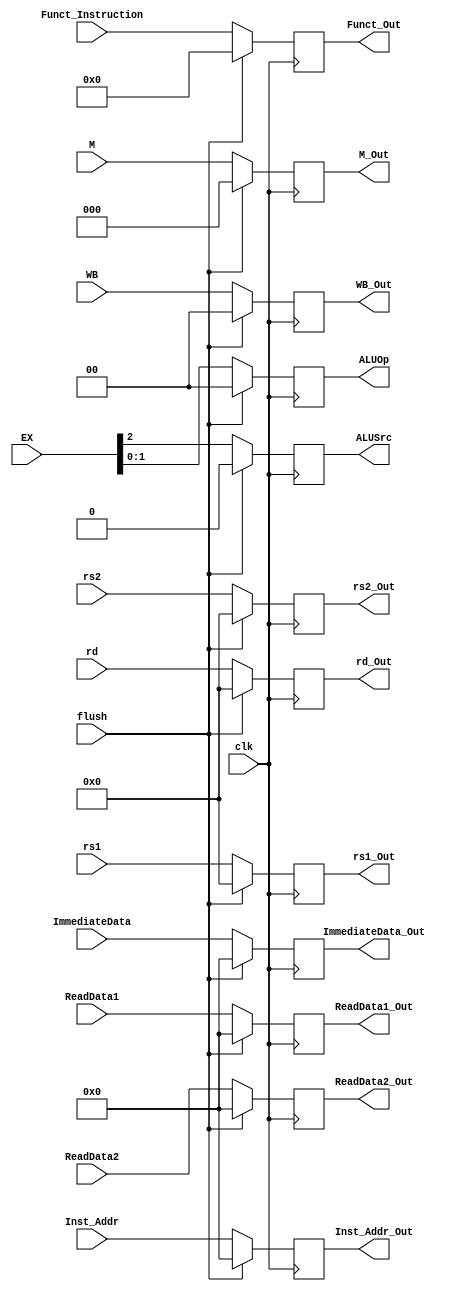
module ID_EX(
  input clk,
  input flush,

  // data
  input [63:0] Inst_Addr,
  output reg [63:0] Inst_Addr_Out,
  
  input [4:0] rs1,
  output reg [4:0] rs1_Out,
  
  input [4:0] rs2,
  output reg [4:0] rs2_Out,
  
  input [4:0] rd,
  output reg [4:0] rd_Out,
  
  input [63:0] ReadData1, 
  output reg [63:0] ReadData1_Out,
  
  input [63:0] ReadData2,
  output reg [63:0] ReadData2_Out,
  
  input [63:0] ImmediateData,
  output reg [63:0] ImmediateData_Out,
  
  input [3:0] Funct_Instruction, // Instruction [30, 14-12]
  output reg [3:0] Funct_Out, // Instruction [30, 14-12]

  // control
  input [1:0] WB,
  output reg [1:0] WB_Out,
  
  input [2:0] M,
  output reg [2:0] M_Out,
  
  input [2:0] EX,
  output reg [1:0] ALUOp,
  output reg ALUSrc
);

always @ (posedge clk)
begin
  if (flush == 1)
   begin
  // data
  Inst_Addr_Out <= 64'h0000000000000000;
  rs1_Out <= 5'b00000;
  rs2_Out <= 5'b00000;
  rd_Out = 5'b00000;
  ReadData1_Out <= 64'h0000000000000000;
  ReadData2_Out <= 64'h0000000000000000;
  ImmediateData_Out <= 64'h0000000000000000;
  Funct_Out <= 4'b0000;
  
  // control
  WB_Out <= 2'b00;
  M_Out <= 3'b000;
  ALUOp <= 2'b00;
  ALUSrc <= 1'b0;
 end

 else
 begin
// data
  Inst_Addr_Out = Inst_Addr;
  rs1_Out = rs1;
  rs2_Out = rs2;
  rd_Out = rd;
  ReadData1_Out = ReadData1;
  ReadData2_Out = ReadData2;
  ImmediateData_Out = ImmediateData;
  Funct_Out = Funct_Instruction;
  
  // control
  WB_Out = WB;
  M_Out = M;
  ALUOp = EX[1:0];
  ALUSrc = EX[2];
  end
end

endmodule